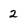
Character: 2